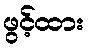
ဖွင့်ထား